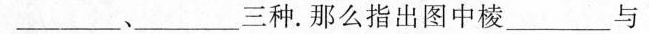
___、___三种。那么指出图中棱___与